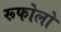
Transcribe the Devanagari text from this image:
रूफोलो